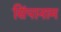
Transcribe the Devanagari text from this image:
सिंपानाम